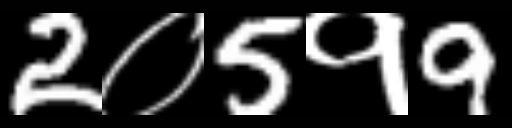
Text: 2०5१9